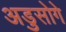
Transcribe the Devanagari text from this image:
अडुसोगे